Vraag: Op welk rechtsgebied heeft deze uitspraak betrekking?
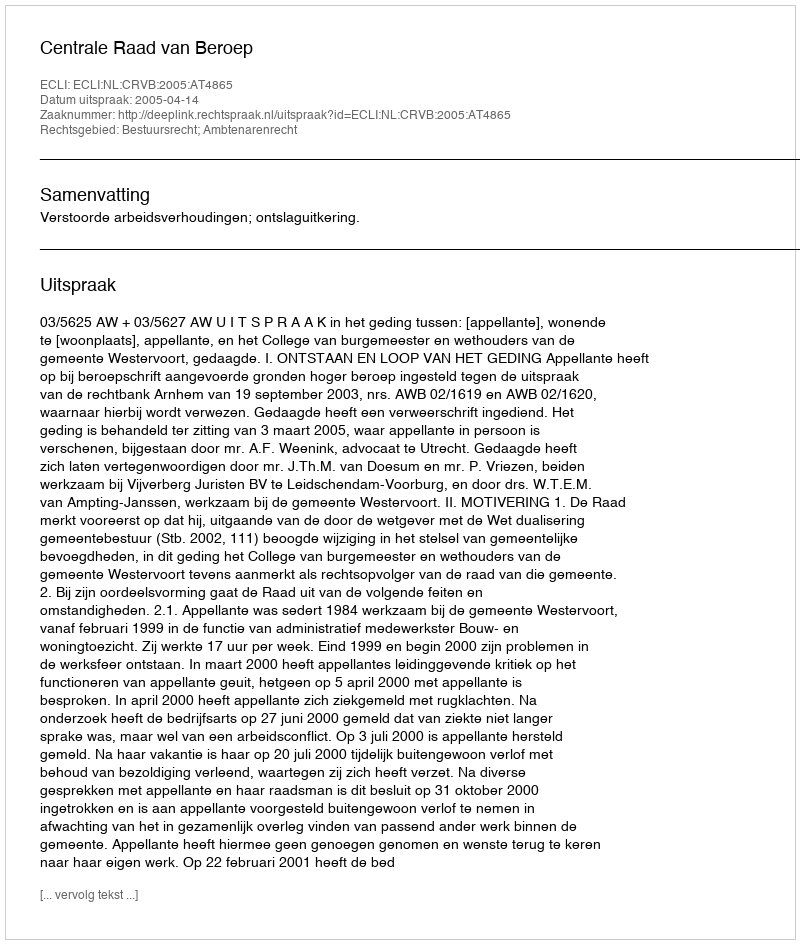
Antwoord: Bestuursrecht; Ambtenarenrecht